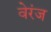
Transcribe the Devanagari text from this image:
वेरंज